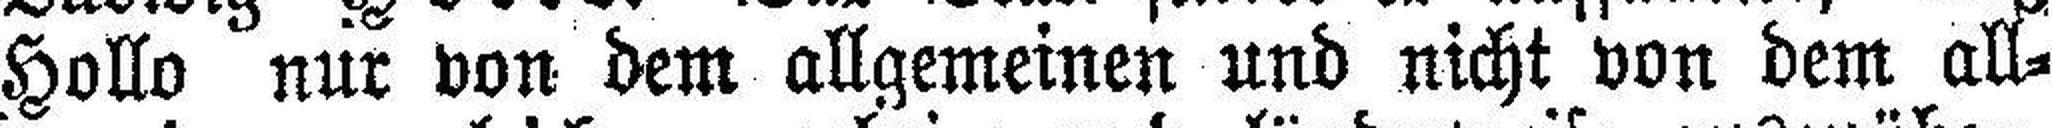
Hollo nur von dem allgemeinen und nicht von dem all¬